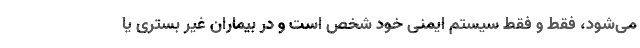
می‌شود، فقط و فقط سیستم ایمنی خود شخص است و در بیماران غیر بستری یا